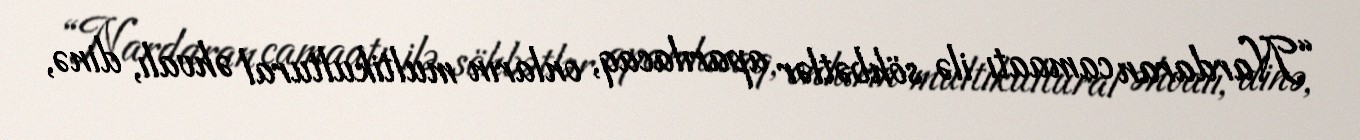
“Nardaran camaatı ilə söhbətlər aparılacaq, onların multikultural əhvalı, dinə,